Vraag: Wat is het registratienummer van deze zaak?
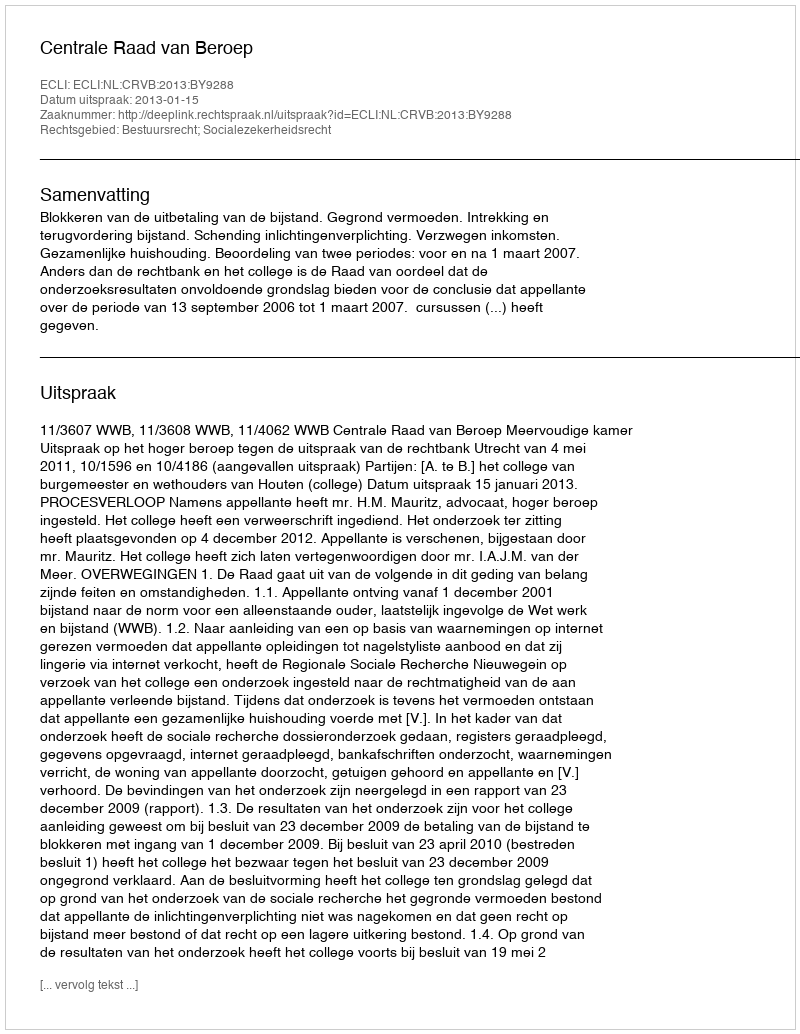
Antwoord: http://deeplink.rechtspraak.nl/uitspraak?id=ECLI:NL:CRVB:2013:BY9288